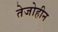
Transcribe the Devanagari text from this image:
तेजोहीन